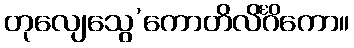
တုလျေသွေ’ကောတိလိင်္ဂိကော။